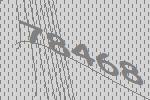
78468